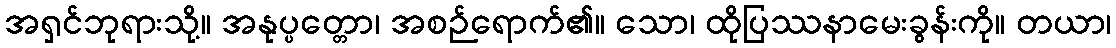
အရှင်ဘုရားသို့။ အနုပ္ပတ္တော၊ အစဉ်ရောက်၏။ သော၊ ထိုပြဿနာမေးခွန်းကို။ တယာ၊